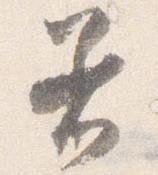
着